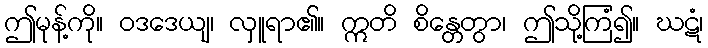
ဤမုန့်ကို။ ဝဒဒေယျ၊ လှူရာ၏။ ဣတိ စိန္တေတွာ၊ ဤသို့ကြံ၍။ ဃဋံ၊